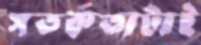
সতর্কতাটাই